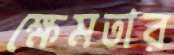
ক্ষেমতার